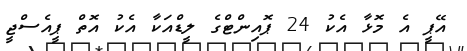
އޭޕީ އެ މޮޅާ އެކު 24 ޕޮއިންޓްގެ ލީޑްއަކާ އެކު އޮތް ޕީއެސްޖީ